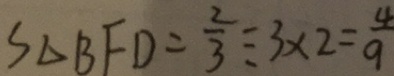
S _ { \Delta } B F D = \frac { 2 } { 3 } \div 3 \times 2 = \frac { 4 } { 9 }